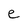
Character: e